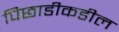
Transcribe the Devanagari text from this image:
पिछाडीकडील